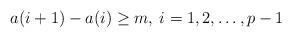
LaTeX: \begin{align*} a(i+1) - a(i) \geq m, \: i=1, 2, \ldots, p-1\end{align*}